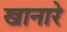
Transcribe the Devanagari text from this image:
खानारे